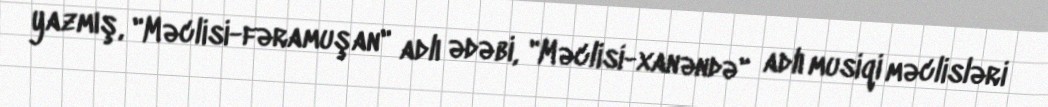
yazmış, "Məclisi-fəramuşan" adlı ədəbi, "Məclisi-xanəndə" adlı musiqi məclisləri